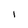
Character: I